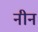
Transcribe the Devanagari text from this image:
नीन